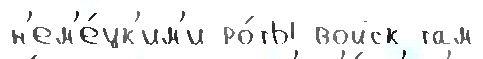
н'ем'е́цк'им'и ро́ты войск там